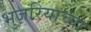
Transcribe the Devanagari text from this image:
भुजरियाच्या